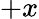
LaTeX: +x